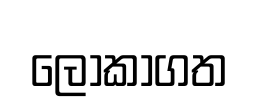
ලෝකාගත